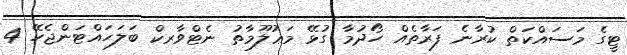
ޓީގެ މަސައްކަތް ކުރާނެ ފަރާތެއް ހޯދުމާ ގުޅޭ މަޢުލޫމާތު ނެޓްވާރކް ބަލަހައްޓަންޖެހޭ 4